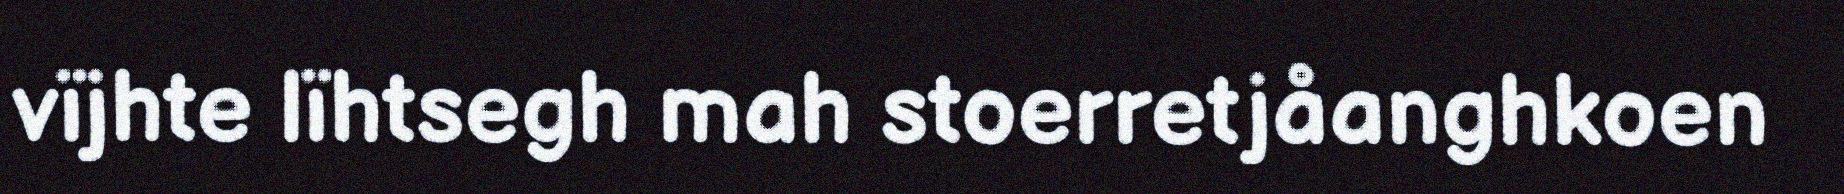
vïjhte lïhtsegh mah stoerretjåanghkoen